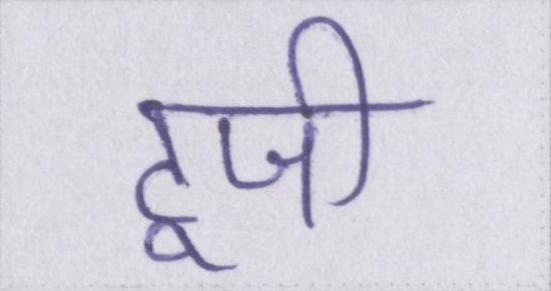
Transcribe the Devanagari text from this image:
टूजी